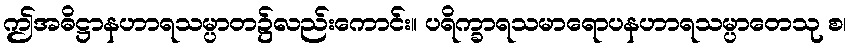
ဤအဓိဋ္ဌာနဟာရသမ္ပာတ၌လည်းကောင်း။ ပရိက္ခာရသမာရောပနဟာရသမ္ပာတေသု စ၊